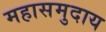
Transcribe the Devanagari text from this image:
महासमुदाय